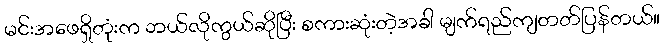
မင်းအဖေရှိတုံးက ဘယ်လိုကွယ်ဆိုပြီး စကားဆုံးတဲ့အခါ မျက်ရည်ကျတတ်ပြန်တယ်။